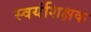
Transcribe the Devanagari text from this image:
स्वयंशिक्षक